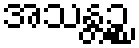
အသန္တဉ္စ